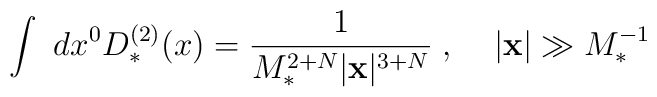
\int~dx^0 D_*^{(2)}(x) = \frac{1}{M_*^{2+N} |{\bf x}|^{3+N}}\; , \;\;\; \; |{\bf x}| \gg M_*^{-1}